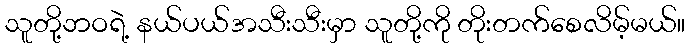
သူတို့ဘဝရဲ့ နယ်ပယ်အသီးသီးမှာ သူတို့ကို တိုးတက်စေလိမ့်မယ်။